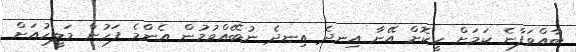
ބާއްވަފާނެ ކަމަށް ހީކޮށް އޭނާ އިނދެ އިނދެ ނުބޭއްވުމުން އެންމެ ފަހުން މަލީހުއަށް